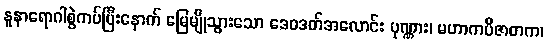
နူနာရောဂါစွဲကပ်ပြီးနောက် မြေမျိုသွားသော ဒေဝဒတ်အလောင်း ပုဏ္ဏား၊ မဟာကပိဇာတက၊